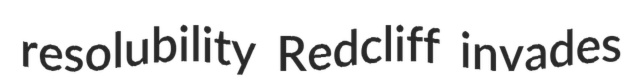
resolubility Redcliff invades